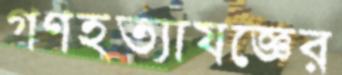
গণহত্যাযজ্ঞের